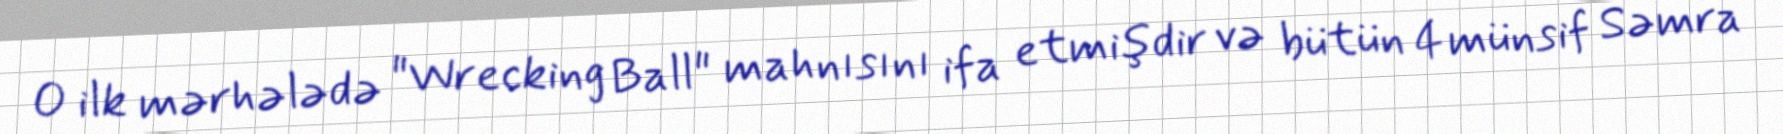
O ilk mərhələdə "Wrecking Ball" mahnısını ifa etmişdir və bütün 4 münsif Səmra